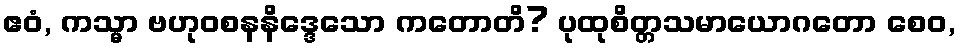
ဧဝံ, ကသ္မာ ဗဟုဝစနနိဒ္ဒေသော ကတောတိ? ပုထုစိတ္တသမာယောဂတော စေဝ,